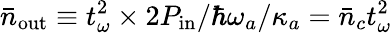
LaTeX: \bar{n}_{\mathrm{out}}\equiv t_{\omega}^{2}\times 2P_{\mathrm{in}}/\hbar\omega_{a}/\kappa_{a}=\bar{n}_{c}t_{\omega}^{2}